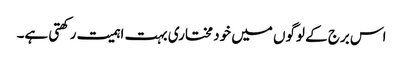
اس برج کے لوگوں میں خود مختاری بہت اہمیت رکھتی ہے۔